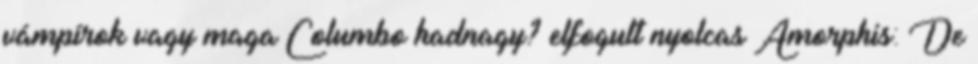
vámpírok vagy maga Columbo hadnagy? elfogult nyolcas Amorphis: De